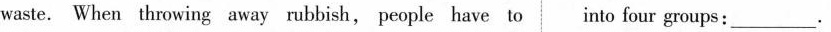
waste. When throwing away rubbish, people have to into four groups:___.